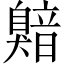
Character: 𬛯